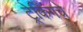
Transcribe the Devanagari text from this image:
ट्रेकिंगचे